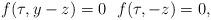
LaTeX: \begin{align*} f(\tau, y -z) =0~~f(\tau,-z)=0,\end{align*}